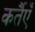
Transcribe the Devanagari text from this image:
कर्तैएँ